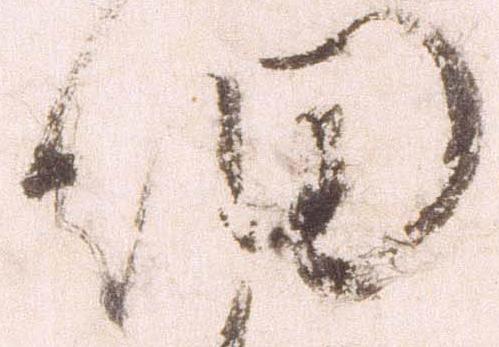
細